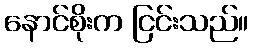
နောင်စိုးက ငြင်းသည်။